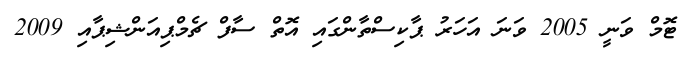
ޓޮމް ވަނީ 2005 ވަނަ އަހަރު ޕާކިސްތާންގައި އޮތް ސާފް ޗެމްޕިއަންޝިޕާއި 2009